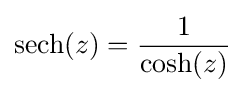
\operatorname {sech} (z)={\frac {1}{\cosh(z)}}